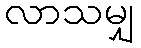
လာသမျှ